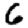
Digit: 6